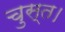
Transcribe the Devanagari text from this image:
चुस्त।